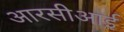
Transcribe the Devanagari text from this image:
आरसीआई